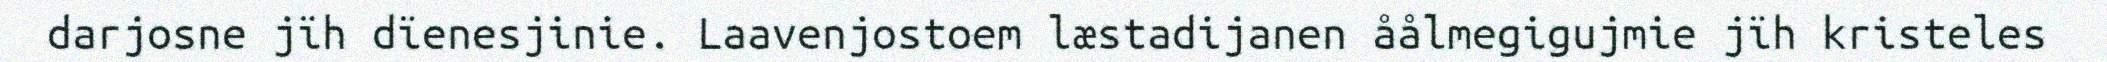
darjosne jïh dïenesjinie. Laavenjostoem læstadijanen åålmegigujmie jïh kristeles